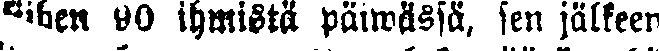
siihen 90 ihmistä päiwässä, sen jälkeen